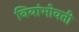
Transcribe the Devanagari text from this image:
बियांभोवती